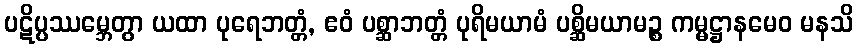
ပဋိပ္ပဿမ္ဘေတွာ ယထာ ပုရေဘတ္တံ, ဧဝံ ပစ္ဆာဘတ္တံ ပုရိမယာမံ ပစ္ဆိမယာမဉ္စ ကမ္မဋ္ဌာနမေဝ မနသိ